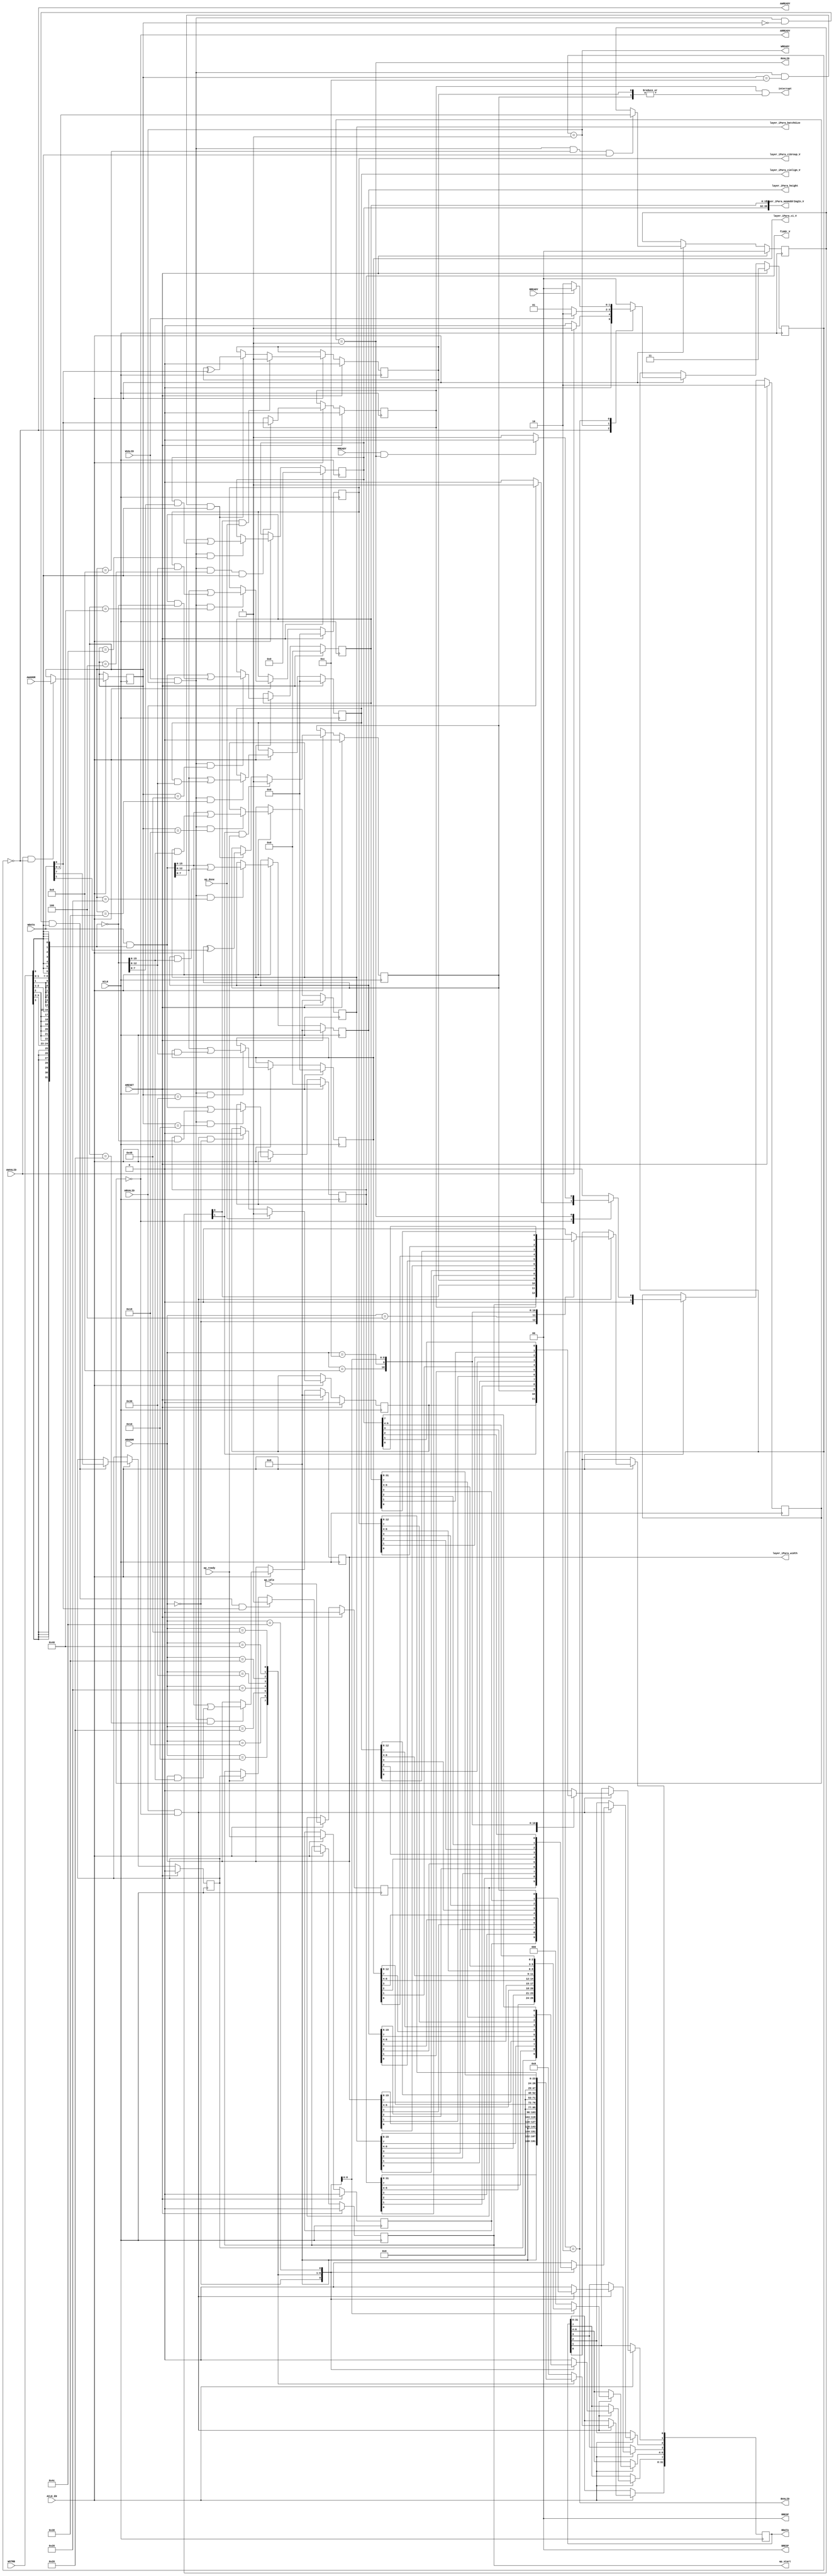
// ==============================================================
// File generated on Mon Jul 08 12:20:59 CST 2019
// Vivado(TM) HLS - High-Level Synthesis from C, C++ and SystemC v2018.3 (64-bit)
// SW Build 2405991 on Thu Dec  6 23:36:41 MST 2018
// IP Build 2404404 on Fri Dec  7 01:43:56 MST 2018
// Copyright 1986-2018 Xilinx, Inc. All Rights Reserved.
// ==============================================================
`timescale 1ns/1ps
module cnna_axilite_s_axi
#(parameter
    C_S_AXI_ADDR_WIDTH = 7,
    C_S_AXI_DATA_WIDTH = 32
)(
    // axi4 lite slave signals
    input  wire                          ACLK,
    input  wire                          ARESET,
    input  wire                          ACLK_EN,
    input  wire [C_S_AXI_ADDR_WIDTH-1:0] AWADDR,
    input  wire                          AWVALID,
    output wire                          AWREADY,
    input  wire [C_S_AXI_DATA_WIDTH-1:0] WDATA,
    input  wire [C_S_AXI_DATA_WIDTH/8-1:0] WSTRB,
    input  wire                          WVALID,
    output wire                          WREADY,
    output wire [1:0]                    BRESP,
    output wire                          BVALID,
    input  wire                          BREADY,
    input  wire [C_S_AXI_ADDR_WIDTH-1:0] ARADDR,
    input  wire                          ARVALID,
    output wire                          ARREADY,
    output wire [C_S_AXI_DATA_WIDTH-1:0] RDATA,
    output wire [1:0]                    RRESP,
    output wire                          RVALID,
    input  wire                          RREADY,
    output wire                          interrupt,
    // user signals
    output wire                          ap_start,
    input  wire                          ap_done,
    input  wire                          ap_ready,
    input  wire                          ap_idle,
    output wire [31:0]                   fiddr_V,
    output wire [15:0]                   layer_iPara_batchSize,
    output wire [15:0]                   layer_iPara_width,
    output wire [15:0]                   layer_iPara_height,
    output wire [12:0]                   layer_iPara_ci_V,
    output wire [12:0]                   layer_iPara_ciAlign_V,
    output wire [12:0]                   layer_iPara_ciGroup_V,
    output wire [39:0]                   layer_iPara_memAddrImgIn_V
);
//------------------------Address Info-------------------
// 0x00 : Control signals
//        bit 0  - ap_start (Read/Write/COH)
//        bit 1  - ap_done (Read/COR)
//        bit 2  - ap_idle (Read)
//        bit 3  - ap_ready (Read)
//        bit 7  - auto_restart (Read/Write)
//        others - reserved
// 0x04 : Global Interrupt Enable Register
//        bit 0  - Global Interrupt Enable (Read/Write)
//        others - reserved
// 0x08 : IP Interrupt Enable Register (Read/Write)
//        bit 0  - Channel 0 (ap_done)
//        bit 1  - Channel 1 (ap_ready)
//        others - reserved
// 0x0c : IP Interrupt Status Register (Read/TOW)
//        bit 0  - Channel 0 (ap_done)
//        bit 1  - Channel 1 (ap_ready)
//        others - reserved
// 0x10 : Data signal of fiddr_V
//        bit 31~0 - fiddr_V[31:0] (Read/Write)
// 0x14 : reserved
// 0x18 : Data signal of layer_iPara_batchSize
//        bit 15~0 - layer_iPara_batchSize[15:0] (Read/Write)
//        others   - reserved
// 0x1c : reserved
// 0x20 : Data signal of layer_iPara_width
//        bit 15~0 - layer_iPara_width[15:0] (Read/Write)
//        others   - reserved
// 0x24 : reserved
// 0x28 : Data signal of layer_iPara_height
//        bit 15~0 - layer_iPara_height[15:0] (Read/Write)
//        others   - reserved
// 0x2c : reserved
// 0x30 : Data signal of layer_iPara_ci_V
//        bit 12~0 - layer_iPara_ci_V[12:0] (Read/Write)
//        others   - reserved
// 0x34 : reserved
// 0x38 : Data signal of layer_iPara_ciAlign_V
//        bit 12~0 - layer_iPara_ciAlign_V[12:0] (Read/Write)
//        others   - reserved
// 0x3c : reserved
// 0x40 : Data signal of layer_iPara_ciGroup_V
//        bit 12~0 - layer_iPara_ciGroup_V[12:0] (Read/Write)
//        others   - reserved
// 0x44 : reserved
// 0x48 : Data signal of layer_iPara_memAddrImgIn_V
//        bit 31~0 - layer_iPara_memAddrImgIn_V[31:0] (Read/Write)
// 0x4c : Data signal of layer_iPara_memAddrImgIn_V
//        bit 7~0 - layer_iPara_memAddrImgIn_V[39:32] (Read/Write)
//        others  - reserved
// 0x50 : reserved
// (SC = Self Clear, COR = Clear on Read, TOW = Toggle on Write, COH = Clear on Handshake)

//------------------------Parameter----------------------
localparam
    ADDR_AP_CTRL                           = 7'h00,
    ADDR_GIE                               = 7'h04,
    ADDR_IER                               = 7'h08,
    ADDR_ISR                               = 7'h0c,
    ADDR_FIDDR_V_DATA_0                    = 7'h10,
    ADDR_FIDDR_V_CTRL                      = 7'h14,
    ADDR_LAYER_IPARA_BATCHSIZE_DATA_0      = 7'h18,
    ADDR_LAYER_IPARA_BATCHSIZE_CTRL        = 7'h1c,
    ADDR_LAYER_IPARA_WIDTH_DATA_0          = 7'h20,
    ADDR_LAYER_IPARA_WIDTH_CTRL            = 7'h24,
    ADDR_LAYER_IPARA_HEIGHT_DATA_0         = 7'h28,
    ADDR_LAYER_IPARA_HEIGHT_CTRL           = 7'h2c,
    ADDR_LAYER_IPARA_CI_V_DATA_0           = 7'h30,
    ADDR_LAYER_IPARA_CI_V_CTRL             = 7'h34,
    ADDR_LAYER_IPARA_CIALIGN_V_DATA_0      = 7'h38,
    ADDR_LAYER_IPARA_CIALIGN_V_CTRL        = 7'h3c,
    ADDR_LAYER_IPARA_CIGROUP_V_DATA_0      = 7'h40,
    ADDR_LAYER_IPARA_CIGROUP_V_CTRL        = 7'h44,
    ADDR_LAYER_IPARA_MEMADDRIMGIN_V_DATA_0 = 7'h48,
    ADDR_LAYER_IPARA_MEMADDRIMGIN_V_DATA_1 = 7'h4c,
    ADDR_LAYER_IPARA_MEMADDRIMGIN_V_CTRL   = 7'h50,
    WRIDLE                                 = 2'd0,
    WRDATA                                 = 2'd1,
    WRRESP                                 = 2'd2,
    WRRESET                                = 2'd3,
    RDIDLE                                 = 2'd0,
    RDDATA                                 = 2'd1,
    RDRESET                                = 2'd2,
    ADDR_BITS         = 7;

//------------------------Local signal-------------------
    reg  [1:0]                    wstate = WRRESET;
    reg  [1:0]                    wnext;
    reg  [ADDR_BITS-1:0]          waddr;
    wire [31:0]                   wmask;
    wire                          aw_hs;
    wire                          w_hs;
    reg  [1:0]                    rstate = RDRESET;
    reg  [1:0]                    rnext;
    reg  [31:0]                   rdata;
    wire                          ar_hs;
    wire [ADDR_BITS-1:0]          raddr;
    // internal registers
    reg                           int_ap_idle;
    reg                           int_ap_ready;
    reg                           int_ap_done = 1'b0;
    reg                           int_ap_start = 1'b0;
    reg                           int_auto_restart = 1'b0;
    reg                           int_gie = 1'b0;
    reg  [1:0]                    int_ier = 2'b0;
    reg  [1:0]                    int_isr = 2'b0;
    reg  [31:0]                   int_fiddr_V = 'b0;
    reg  [15:0]                   int_layer_iPara_batchSize = 'b0;
    reg  [15:0]                   int_layer_iPara_width = 'b0;
    reg  [15:0]                   int_layer_iPara_height = 'b0;
    reg  [12:0]                   int_layer_iPara_ci_V = 'b0;
    reg  [12:0]                   int_layer_iPara_ciAlign_V = 'b0;
    reg  [12:0]                   int_layer_iPara_ciGroup_V = 'b0;
    reg  [39:0]                   int_layer_iPara_memAddrImgIn_V = 'b0;

//------------------------Instantiation------------------

//------------------------AXI write fsm------------------
assign AWREADY = (wstate == WRIDLE);
assign WREADY  = (wstate == WRDATA);
assign BRESP   = 2'b00;  // OKAY
assign BVALID  = (wstate == WRRESP);
assign wmask   = { {8{WSTRB[3]}}, {8{WSTRB[2]}}, {8{WSTRB[1]}}, {8{WSTRB[0]}} };
assign aw_hs   = AWVALID & AWREADY;
assign w_hs    = WVALID & WREADY;

// wstate
always @(posedge ACLK) begin
    if (ARESET)
        wstate <= WRRESET;
    else if (ACLK_EN)
        wstate <= wnext;
end

// wnext
always @(*) begin
    case (wstate)
        WRIDLE:
            if (AWVALID)
                wnext = WRDATA;
            else
                wnext = WRIDLE;
        WRDATA:
            if (WVALID)
                wnext = WRRESP;
            else
                wnext = WRDATA;
        WRRESP:
            if (BREADY)
                wnext = WRIDLE;
            else
                wnext = WRRESP;
        default:
            wnext = WRIDLE;
    endcase
end

// waddr
always @(posedge ACLK) begin
    if (ACLK_EN) begin
        if (aw_hs)
            waddr <= AWADDR[ADDR_BITS-1:0];
    end
end

//------------------------AXI read fsm-------------------
assign ARREADY = (rstate == RDIDLE);
assign RDATA   = rdata;
assign RRESP   = 2'b00;  // OKAY
assign RVALID  = (rstate == RDDATA);
assign ar_hs   = ARVALID & ARREADY;
assign raddr   = ARADDR[ADDR_BITS-1:0];

// rstate
always @(posedge ACLK) begin
    if (ARESET)
        rstate <= RDRESET;
    else if (ACLK_EN)
        rstate <= rnext;
end

// rnext
always @(*) begin
    case (rstate)
        RDIDLE:
            if (ARVALID)
                rnext = RDDATA;
            else
                rnext = RDIDLE;
        RDDATA:
            if (RREADY & RVALID)
                rnext = RDIDLE;
            else
                rnext = RDDATA;
        default:
            rnext = RDIDLE;
    endcase
end

// rdata
always @(posedge ACLK) begin
    if (ACLK_EN) begin
        if (ar_hs) begin
            rdata <= 1'b0;
            case (raddr)
                ADDR_AP_CTRL: begin
                    rdata[0] <= int_ap_start;
                    rdata[1] <= int_ap_done;
                    rdata[2] <= int_ap_idle;
                    rdata[3] <= int_ap_ready;
                    rdata[7] <= int_auto_restart;
                end
                ADDR_GIE: begin
                    rdata <= int_gie;
                end
                ADDR_IER: begin
                    rdata <= int_ier;
                end
                ADDR_ISR: begin
                    rdata <= int_isr;
                end
                ADDR_FIDDR_V_DATA_0: begin
                    rdata <= int_fiddr_V[31:0];
                end
                ADDR_LAYER_IPARA_BATCHSIZE_DATA_0: begin
                    rdata <= int_layer_iPara_batchSize[15:0];
                end
                ADDR_LAYER_IPARA_WIDTH_DATA_0: begin
                    rdata <= int_layer_iPara_width[15:0];
                end
                ADDR_LAYER_IPARA_HEIGHT_DATA_0: begin
                    rdata <= int_layer_iPara_height[15:0];
                end
                ADDR_LAYER_IPARA_CI_V_DATA_0: begin
                    rdata <= int_layer_iPara_ci_V[12:0];
                end
                ADDR_LAYER_IPARA_CIALIGN_V_DATA_0: begin
                    rdata <= int_layer_iPara_ciAlign_V[12:0];
                end
                ADDR_LAYER_IPARA_CIGROUP_V_DATA_0: begin
                    rdata <= int_layer_iPara_ciGroup_V[12:0];
                end
                ADDR_LAYER_IPARA_MEMADDRIMGIN_V_DATA_0: begin
                    rdata <= int_layer_iPara_memAddrImgIn_V[31:0];
                end
                ADDR_LAYER_IPARA_MEMADDRIMGIN_V_DATA_1: begin
                    rdata <= int_layer_iPara_memAddrImgIn_V[39:32];
                end
            endcase
        end
    end
end


//------------------------Register logic-----------------
assign interrupt                  = int_gie & (|int_isr);
assign ap_start                   = int_ap_start;
assign fiddr_V                    = int_fiddr_V;
assign layer_iPara_batchSize      = int_layer_iPara_batchSize;
assign layer_iPara_width          = int_layer_iPara_width;
assign layer_iPara_height         = int_layer_iPara_height;
assign layer_iPara_ci_V           = int_layer_iPara_ci_V;
assign layer_iPara_ciAlign_V      = int_layer_iPara_ciAlign_V;
assign layer_iPara_ciGroup_V      = int_layer_iPara_ciGroup_V;
assign layer_iPara_memAddrImgIn_V = int_layer_iPara_memAddrImgIn_V;
// int_ap_start
always @(posedge ACLK) begin
    if (ARESET)
        int_ap_start <= 1'b0;
    else if (ACLK_EN) begin
        if (w_hs && waddr == ADDR_AP_CTRL && WSTRB[0] && WDATA[0])
            int_ap_start <= 1'b1;
        else if (ap_ready)
            int_ap_start <= int_auto_restart; // clear on handshake/auto restart
    end
end

// int_ap_done
always @(posedge ACLK) begin
    if (ARESET)
        int_ap_done <= 1'b0;
    else if (ACLK_EN) begin
        if (ap_done)
            int_ap_done <= 1'b1;
        else if (ar_hs && raddr == ADDR_AP_CTRL)
            int_ap_done <= 1'b0; // clear on read
    end
end

// int_ap_idle
always @(posedge ACLK) begin
    if (ARESET)
        int_ap_idle <= 1'b0;
    else if (ACLK_EN) begin
            int_ap_idle <= ap_idle;
    end
end

// int_ap_ready
always @(posedge ACLK) begin
    if (ARESET)
        int_ap_ready <= 1'b0;
    else if (ACLK_EN) begin
            int_ap_ready <= ap_ready;
    end
end

// int_auto_restart
always @(posedge ACLK) begin
    if (ARESET)
        int_auto_restart <= 1'b0;
    else if (ACLK_EN) begin
        if (w_hs && waddr == ADDR_AP_CTRL && WSTRB[0])
            int_auto_restart <=  WDATA[7];
    end
end

// int_gie
always @(posedge ACLK) begin
    if (ARESET)
        int_gie <= 1'b0;
    else if (ACLK_EN) begin
        if (w_hs && waddr == ADDR_GIE && WSTRB[0])
            int_gie <= WDATA[0];
    end
end

// int_ier
always @(posedge ACLK) begin
    if (ARESET)
        int_ier <= 1'b0;
    else if (ACLK_EN) begin
        if (w_hs && waddr == ADDR_IER && WSTRB[0])
            int_ier <= WDATA[1:0];
    end
end

// int_isr[0]
always @(posedge ACLK) begin
    if (ARESET)
        int_isr[0] <= 1'b0;
    else if (ACLK_EN) begin
        if (int_ier[0] & ap_done)
            int_isr[0] <= 1'b1;
        else if (w_hs && waddr == ADDR_ISR && WSTRB[0])
            int_isr[0] <= int_isr[0] ^ WDATA[0]; // toggle on write
    end
end

// int_isr[1]
always @(posedge ACLK) begin
    if (ARESET)
        int_isr[1] <= 1'b0;
    else if (ACLK_EN) begin
        if (int_ier[1] & ap_ready)
            int_isr[1] <= 1'b1;
        else if (w_hs && waddr == ADDR_ISR && WSTRB[0])
            int_isr[1] <= int_isr[1] ^ WDATA[1]; // toggle on write
    end
end

// int_fiddr_V[31:0]
always @(posedge ACLK) begin
    if (ARESET)
        int_fiddr_V[31:0] <= 0;
    else if (ACLK_EN) begin
        if (w_hs && waddr == ADDR_FIDDR_V_DATA_0)
            int_fiddr_V[31:0] <= (WDATA[31:0] & wmask) | (int_fiddr_V[31:0] & ~wmask);
    end
end

// int_layer_iPara_batchSize[15:0]
always @(posedge ACLK) begin
    if (ARESET)
        int_layer_iPara_batchSize[15:0] <= 0;
    else if (ACLK_EN) begin
        if (w_hs && waddr == ADDR_LAYER_IPARA_BATCHSIZE_DATA_0)
            int_layer_iPara_batchSize[15:0] <= (WDATA[31:0] & wmask) | (int_layer_iPara_batchSize[15:0] & ~wmask);
    end
end

// int_layer_iPara_width[15:0]
always @(posedge ACLK) begin
    if (ARESET)
        int_layer_iPara_width[15:0] <= 0;
    else if (ACLK_EN) begin
        if (w_hs && waddr == ADDR_LAYER_IPARA_WIDTH_DATA_0)
            int_layer_iPara_width[15:0] <= (WDATA[31:0] & wmask) | (int_layer_iPara_width[15:0] & ~wmask);
    end
end

// int_layer_iPara_height[15:0]
always @(posedge ACLK) begin
    if (ARESET)
        int_layer_iPara_height[15:0] <= 0;
    else if (ACLK_EN) begin
        if (w_hs && waddr == ADDR_LAYER_IPARA_HEIGHT_DATA_0)
            int_layer_iPara_height[15:0] <= (WDATA[31:0] & wmask) | (int_layer_iPara_height[15:0] & ~wmask);
    end
end

// int_layer_iPara_ci_V[12:0]
always @(posedge ACLK) begin
    if (ARESET)
        int_layer_iPara_ci_V[12:0] <= 0;
    else if (ACLK_EN) begin
        if (w_hs && waddr == ADDR_LAYER_IPARA_CI_V_DATA_0)
            int_layer_iPara_ci_V[12:0] <= (WDATA[31:0] & wmask) | (int_layer_iPara_ci_V[12:0] & ~wmask);
    end
end

// int_layer_iPara_ciAlign_V[12:0]
always @(posedge ACLK) begin
    if (ARESET)
        int_layer_iPara_ciAlign_V[12:0] <= 0;
    else if (ACLK_EN) begin
        if (w_hs && waddr == ADDR_LAYER_IPARA_CIALIGN_V_DATA_0)
            int_layer_iPara_ciAlign_V[12:0] <= (WDATA[31:0] & wmask) | (int_layer_iPara_ciAlign_V[12:0] & ~wmask);
    end
end

// int_layer_iPara_ciGroup_V[12:0]
always @(posedge ACLK) begin
    if (ARESET)
        int_layer_iPara_ciGroup_V[12:0] <= 0;
    else if (ACLK_EN) begin
        if (w_hs && waddr == ADDR_LAYER_IPARA_CIGROUP_V_DATA_0)
            int_layer_iPara_ciGroup_V[12:0] <= (WDATA[31:0] & wmask) | (int_layer_iPara_ciGroup_V[12:0] & ~wmask);
    end
end

// int_layer_iPara_memAddrImgIn_V[31:0]
always @(posedge ACLK) begin
    if (ARESET)
        int_layer_iPara_memAddrImgIn_V[31:0] <= 0;
    else if (ACLK_EN) begin
        if (w_hs && waddr == ADDR_LAYER_IPARA_MEMADDRIMGIN_V_DATA_0)
            int_layer_iPara_memAddrImgIn_V[31:0] <= (WDATA[31:0] & wmask) | (int_layer_iPara_memAddrImgIn_V[31:0] & ~wmask);
    end
end

// int_layer_iPara_memAddrImgIn_V[39:32]
always @(posedge ACLK) begin
    if (ARESET)
        int_layer_iPara_memAddrImgIn_V[39:32] <= 0;
    else if (ACLK_EN) begin
        if (w_hs && waddr == ADDR_LAYER_IPARA_MEMADDRIMGIN_V_DATA_1)
            int_layer_iPara_memAddrImgIn_V[39:32] <= (WDATA[31:0] & wmask) | (int_layer_iPara_memAddrImgIn_V[39:32] & ~wmask);
    end
end


//------------------------Memory logic-------------------

endmodule